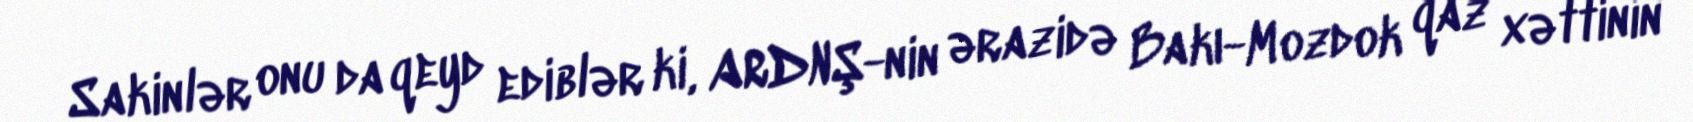
Sakinlər onu da qeyd ediblər ki, ARDNŞ-nin ərazidə Bakı-Mozdok qaz xəttinin